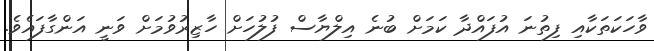
ވާހަކަތަކާއި ފިތުނަ އުފައްދާ ކަމަށް ބުނެ އިލްޔާސް ފުލުހަށް ހާޒިރުވުމަށް ވަނީ އަންގާފައެވެ.